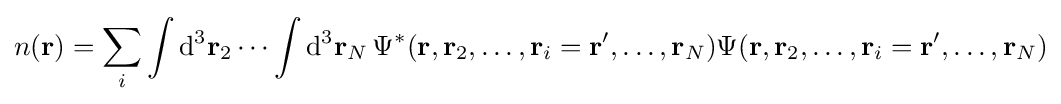
n(\mathbf {r} )=\sum _{i}\int {\mathrm {d} }^{3}\mathbf {r} _{2}\cdots \int {\mathrm {d} }^{3}\mathbf {r} _{N}\,\Psi ^{*}(\mathbf {r} ,\mathbf {r} _{2},\dots ,\mathbf {r} _{i}=\mathbf {r} ',\dots ,\mathbf {r} _{N})\Psi (\mathbf {r} ,\mathbf {r} _{2},\dots ,\mathbf {r} _{i}=\mathbf {r} ',\dots ,\mathbf {r} _{N})